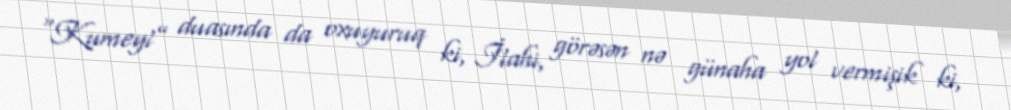
“Kumeyl” duasında da oxuyuruq ki, İlahi, görəsən nə günaha yol vermişik ki,